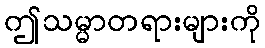
ဤသမ္မာတရားများကို